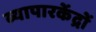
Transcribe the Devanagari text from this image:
व्यापारकेंद्रों